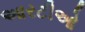
આરટીઓ